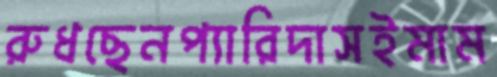
রুধছেনপ্যারিদাসইমাম